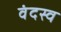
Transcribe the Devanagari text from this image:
वंदस्व